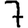
Digit: 7